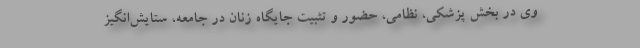
وی در بخش پزشکی، نظامی، حضور و تثبیت جایگاه زنان در جامعه، ستایش‌انگیز